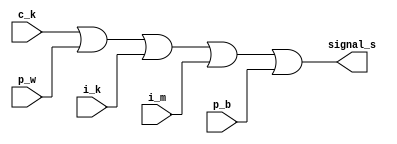
module sprawnosc(c_k, p_w, i_k, i_m, p_b, signal_s);

// c_k - czujnik iloci kubkw
// p_w - podczenie wody
// i_k - ilo kawy
// i_m - ilo mleka
// p_b - posiadany bilon na wydanie reszty
// signal_s - wyjciowy sygna

output signal_s;
input c_k, p_w, i_k, i_m, p_b;
//powyej zadeklarowaem porty

assign signal_s = c_k | p_w | i_k | i_m | p_b;

endmodule